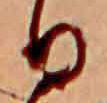
日